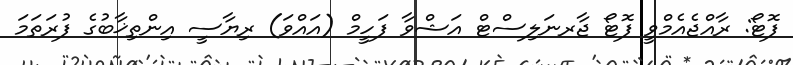
ފޮޓޯ: ރާއްޖެއެމްވީ ފޮޓޯ ޖާރނަލިސްޓް އަޝްވާ ފަހީމް (އައްވަ) ރިޔާސީ އިންތިޚާބުގެ ފުރަތަމަ